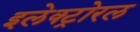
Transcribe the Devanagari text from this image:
इलेक्ट्रोरल